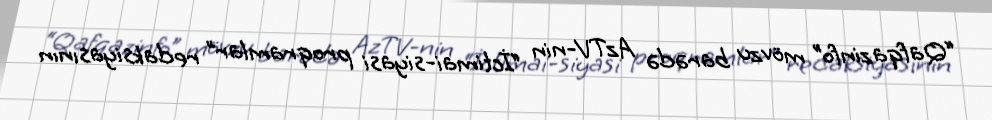
“Qafqazinfo” mövzu barədə AzTV-nin “İctimai-siyasi proqramlar” redaksiyasının